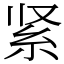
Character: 紧